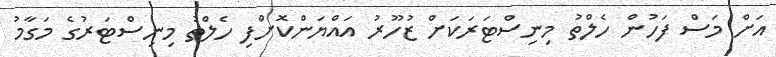
އަށް މަސް ފަހުން ހެލްތު މިނިސްޓަރަކަށް ޒުހޫރު އައްޔަންކޮށްފި ހެލްތު މިނިސްޓަރުގެ މަގާމު